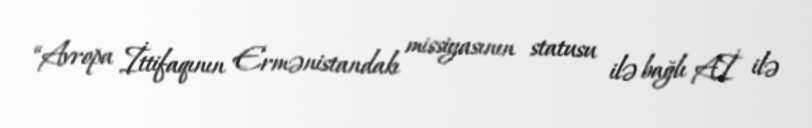
“Avropa İttifaqının Ermənistandakı missiyasının statusu ilə bağlı Aİ ilə